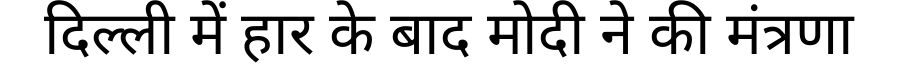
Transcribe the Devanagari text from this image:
दिल्ली में हार के बाद मोदी ने की मंत्रणा